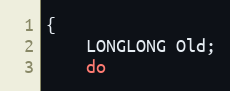
Language: C
{
    LONGLONG Old;
    do